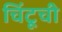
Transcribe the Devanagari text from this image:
चिंटूची